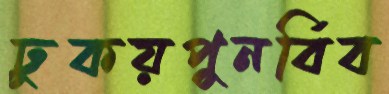
ঢুকয়পুনর্বিব